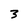
Character: 3